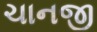
ચાનજી